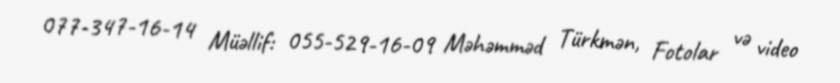
077-347-16-14 Müəllif: 055-529-16-09 Məhəmməd Türkmən, Fotolar və video